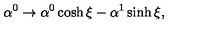
\alpha ^ { 0 } \rightarrow \alpha ^ { 0 } \cosh \xi - \alpha ^ { 1 } \sinh \xi ,